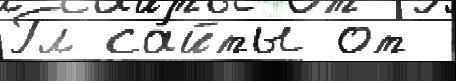
Гл са́йты от